Indian journal of veterinary science and animal husbandry - Volume 9,
Year: 1939
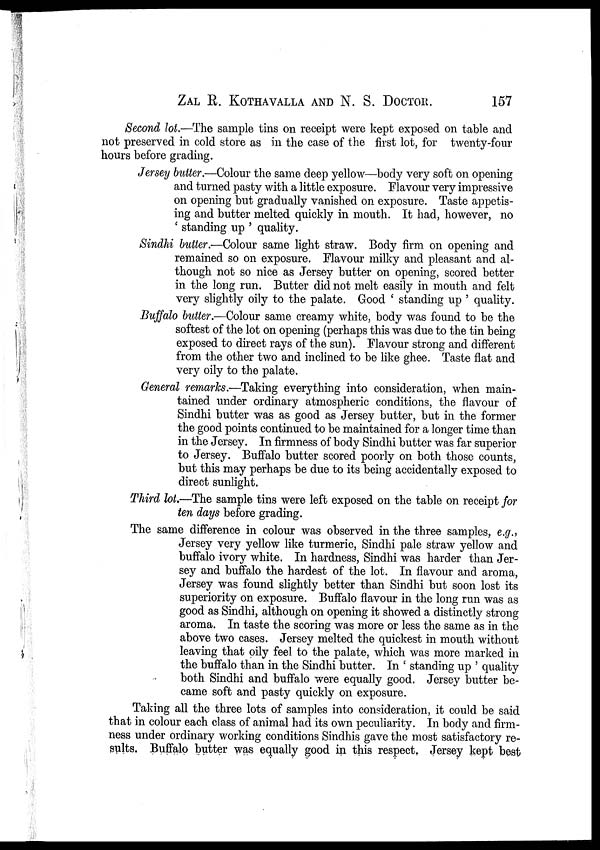
ZAL R. KOTHAVALLA AND N. S. DOCTOR. 157
Second lot.—The sample tins on receipt were kept exposed on table and
not preserved in cold store as in the case of the first lot, for twenty-four
hours before grading.
Jersey butter.—Colour the same deep yellow—body very soft on opening
and turned pasty with a little exposure. Flavour very impressive
on opening but gradually vanished on exposure. Taste appetis-
ing and butter melted quickly in mouth. It had, however, no
' standing up ' quality.
Sindhi butter.—Colour same light straw. Body firm on opening and
remained so on exposure. Flavour milky and pleasant and al-
though not so nice as Jersey butter on opening, scored better
in the long run. Butter did not melt easily in mouth and felt
very slightly oily to the palate. Good ' standing up ' quality.
Buffalo butter.—Colour same creamy white, body was found to be the
softest of the lot on opening (perhaps this was due to the tin being
exposed to direct rays of the sun). Flavour strong and different
from the other two and inclined to be like ghee. Taste flat and
very oily to the palate.
General remarks.—Taking everything into consideration, when main-
tained under ordinary atmospheric conditions, the flavour of
Sindhi butter was as good as Jersey butter, but in the former
the good points continued to be maintained for a longer time than
in the Jersey. In firmness of body Sindhi butter was far superior
to Jersey. Buffalo butter scored poorly on both those counts,
but this may perhaps be due to its being accidentally exposed to
direct sunlight.
Third lot.—The sample tins were left exposed on the table on receipt for
ten days before grading.
The same difference in colour was observed in the three samples, e.g.,
Jersey very yellow like turmeric, Sindhi pale straw yellow and
buffalo ivory white. In hardness, Sindhi was harder than Jer-
sey and buffalo the hardest of the lot. In flavour and aroma,
Jersey was found slightly better than Sindhi but soon lost its
superiority on exposure. Buffalo flavour in the long run was as
good as Sindhi, although on opening it showed a distinctly strong
aroma. In taste the scoring was more or less the same as in the
above two cases. Jersey melted the quickest in mouth without
leaving that oily feel to the palate, which was more marked in
the buffalo than in the Sindhi butter. In ' standing up ' quality
both Sindhi and buffalo were equally good. Jersey butter be-
came soft and pasty quickly on exposure.
Taking all the three lots of samples into consideration, it could be said
that in colour each class of animal had its own peculiarity. In body and firm-
ness under ordinary working conditions Sindhis gave the most satisfactory re-
sults. Buffalo butter was equally good in this respect. Jersey kept best